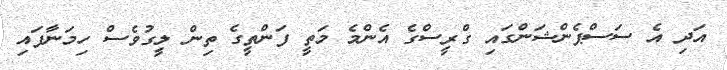
އަދި އެ ސަސްޕެންޝަންގައި ގްރީސްގެ އެންމެ މަތީ ފަންތީގެ ތިން ލީގުވެސް ހިމަނާފައި